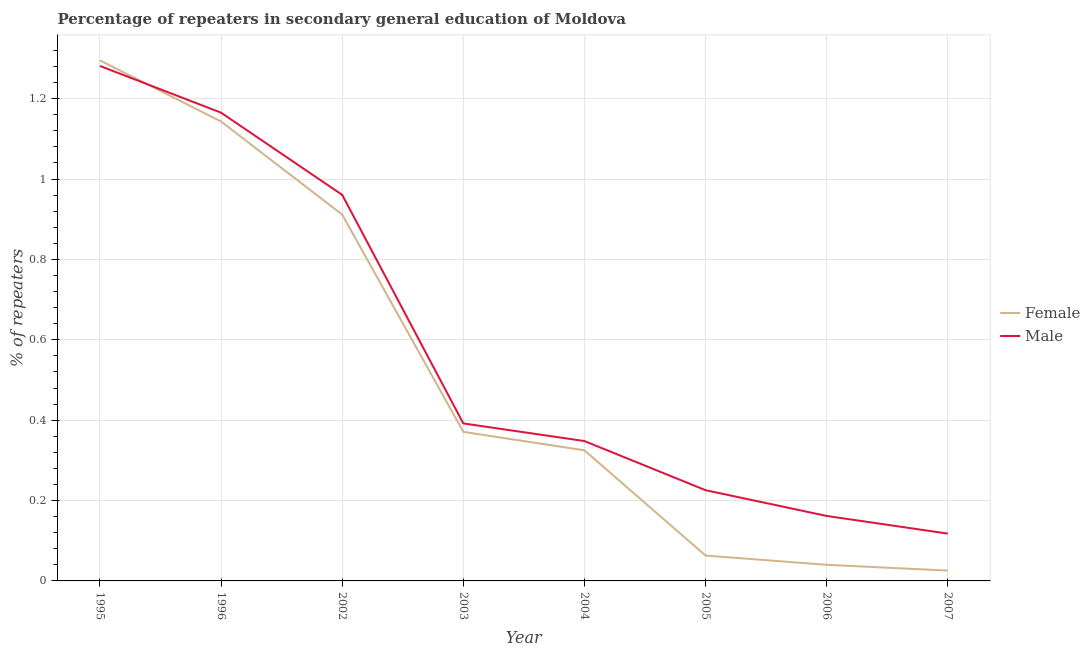
| Year | Female | Male |
 | --- | --- | --- |
 | 1995 | 1.3 | 1.28 |
 | 1996 | 1.14 | 1.17 |
 | 2002 | 0.912 | 0.961 |
 | 2003 | 0.371 | 0.392 |
 | 2004 | 0.325 | 0.348 |
 | 2005 | 0.0631 | 0.226 |
 | 2006 | 0.0401 | 0.162 |
 | 2007 | 0.0257 | 0.118 |